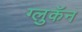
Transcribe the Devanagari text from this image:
ग्लुकॅन